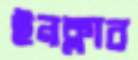
ইনক্লাব